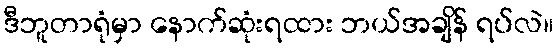
ဒီဘူတာရုံမှာ နောက်ဆုံးရထား ဘယ်အချိန် ရပ်လဲ။